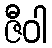
ဇီဝါ